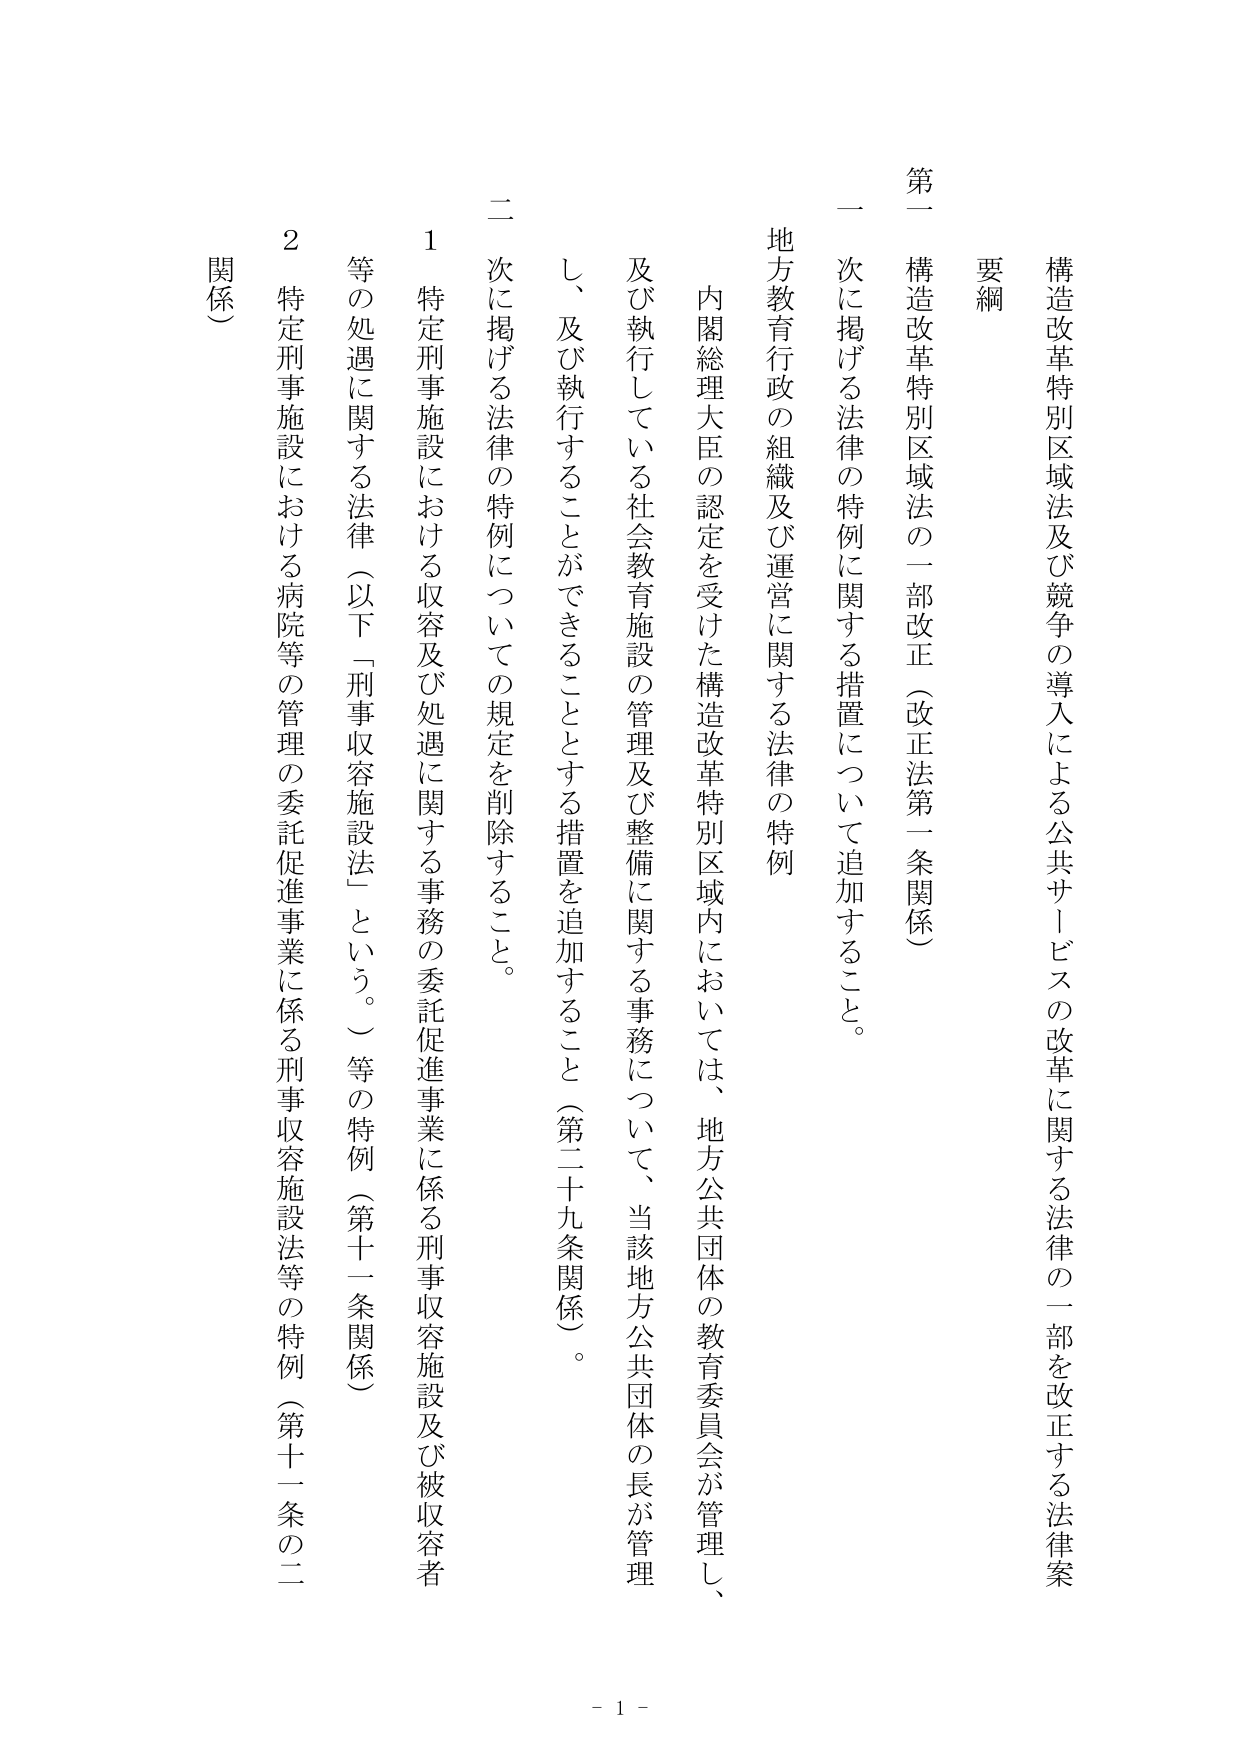
構造改革特別区域法及び競争の導入による公共サービスの改革に関する法律の一部を改正する法律案

要綱

第一 構造改革特別区域法の一部改正（改正法第一条関係）

一 次に掲げる法律の特例に関する措置について追加すること。

地方教育行政の組織及び運営に関する法律の特例

内閣総理大臣の認定を受けた構造改革特別区域内においては、地方公共団体の教育委員会が管理し、及び執行している社会教育施設の管理及び整備に関する事務について、当該地方公共団体の長が管理し、及び執行することができることとする措置を追加すること（第二十九条関係）。

二 次に掲げる法律の特例についての規定を削除すること。

1 特定刑事施設における収容及び処遇に関する事務の委託促進事業に係る刑事収容施設及び被収容者等の処遇に関する法律（以下「刑事収容施設法」という。）等の特例（第十一条関係）

2 特定刑事施設における病院等の管理の委託促進事業に係る刑事収容施設法等の特例（第十一条の二関係）